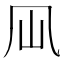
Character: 𠘳